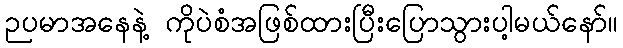
ဉပမာအနေနဲ့ ကိုပဲစံအဖြစ်ထားပြီးပြောသွားပါ့မယ်နော်။